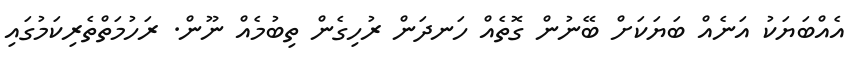
އެއްބަޔަކު އަނެއް ބަޔަކަށް ބޭނުން ގޮތެއް ހަނދަން ރުހިގެން ތިބުމެއް ނޫން. ރަހުމަތްތެރިކަމުގައި